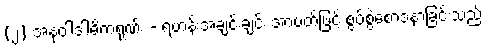
(၂) အနုဝါဒါဓိကရုဏ်း - ရဟန်းအချင်းချင်း အာပတ်ဖြင့် စွပ်စွဲစောဒနာခြင်းသည်